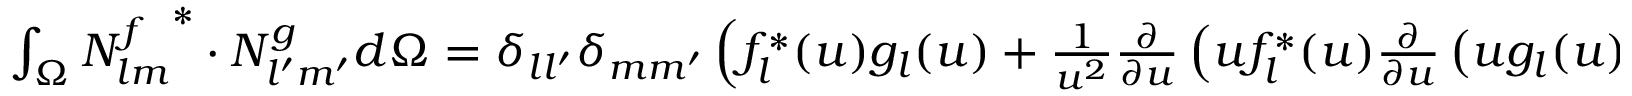
\begin{array} { r l r } { \int _ { \Omega } { N _ { l m } ^ { f } } ^ { * } \cdot N _ { l ^ { \prime } m ^ { \prime } } ^ { g } d \Omega = \delta _ { l l ^ { \prime } } \delta _ { m m ^ { \prime } } \left( f _ { l } ^ { * } ( u ) g _ { l } ( u ) + \frac { 1 } { u ^ { 2 } } \frac { \partial } { \partial u } \left( u f _ { l } ^ { * } ( u ) \frac { \partial } { \partial u } \left( u g _ { l } ( u ) \right) \right) \right) , } & { { } } & { \int _ { \Omega } { M _ { l m } ^ { f } } ^ { * } \cdot M _ { l ^ { \prime } m ^ { \prime } } ^ { g } d \Omega = f _ { l } ^ { * } ( u ) g _ { l } ( u ) \delta _ { l l ^ { \prime } } \delta _ { m m ^ { \prime } } . } \end{array}